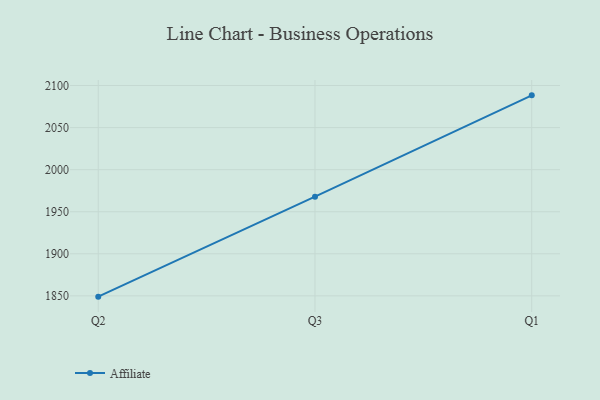
{"axis": {"x": "Quarter", "y": "Temperature (°C)"}, "legend": ["Affiliate"], "data": [{"x": "Q2", "y": 1849.1, "type": "Affiliate"}, {"x": "Q3", "y": 1967.9, "type": "Affiliate"}, {"x": "Q1", "y": 2088.3, "type": "Affiliate"}]}